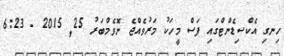
ހިނގި އެކްސިޑެންޓްގައި ފަސް މީހަކު މަރުވެއްޖެ ނޮވެމްބަރު 25